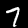
Digit: 7